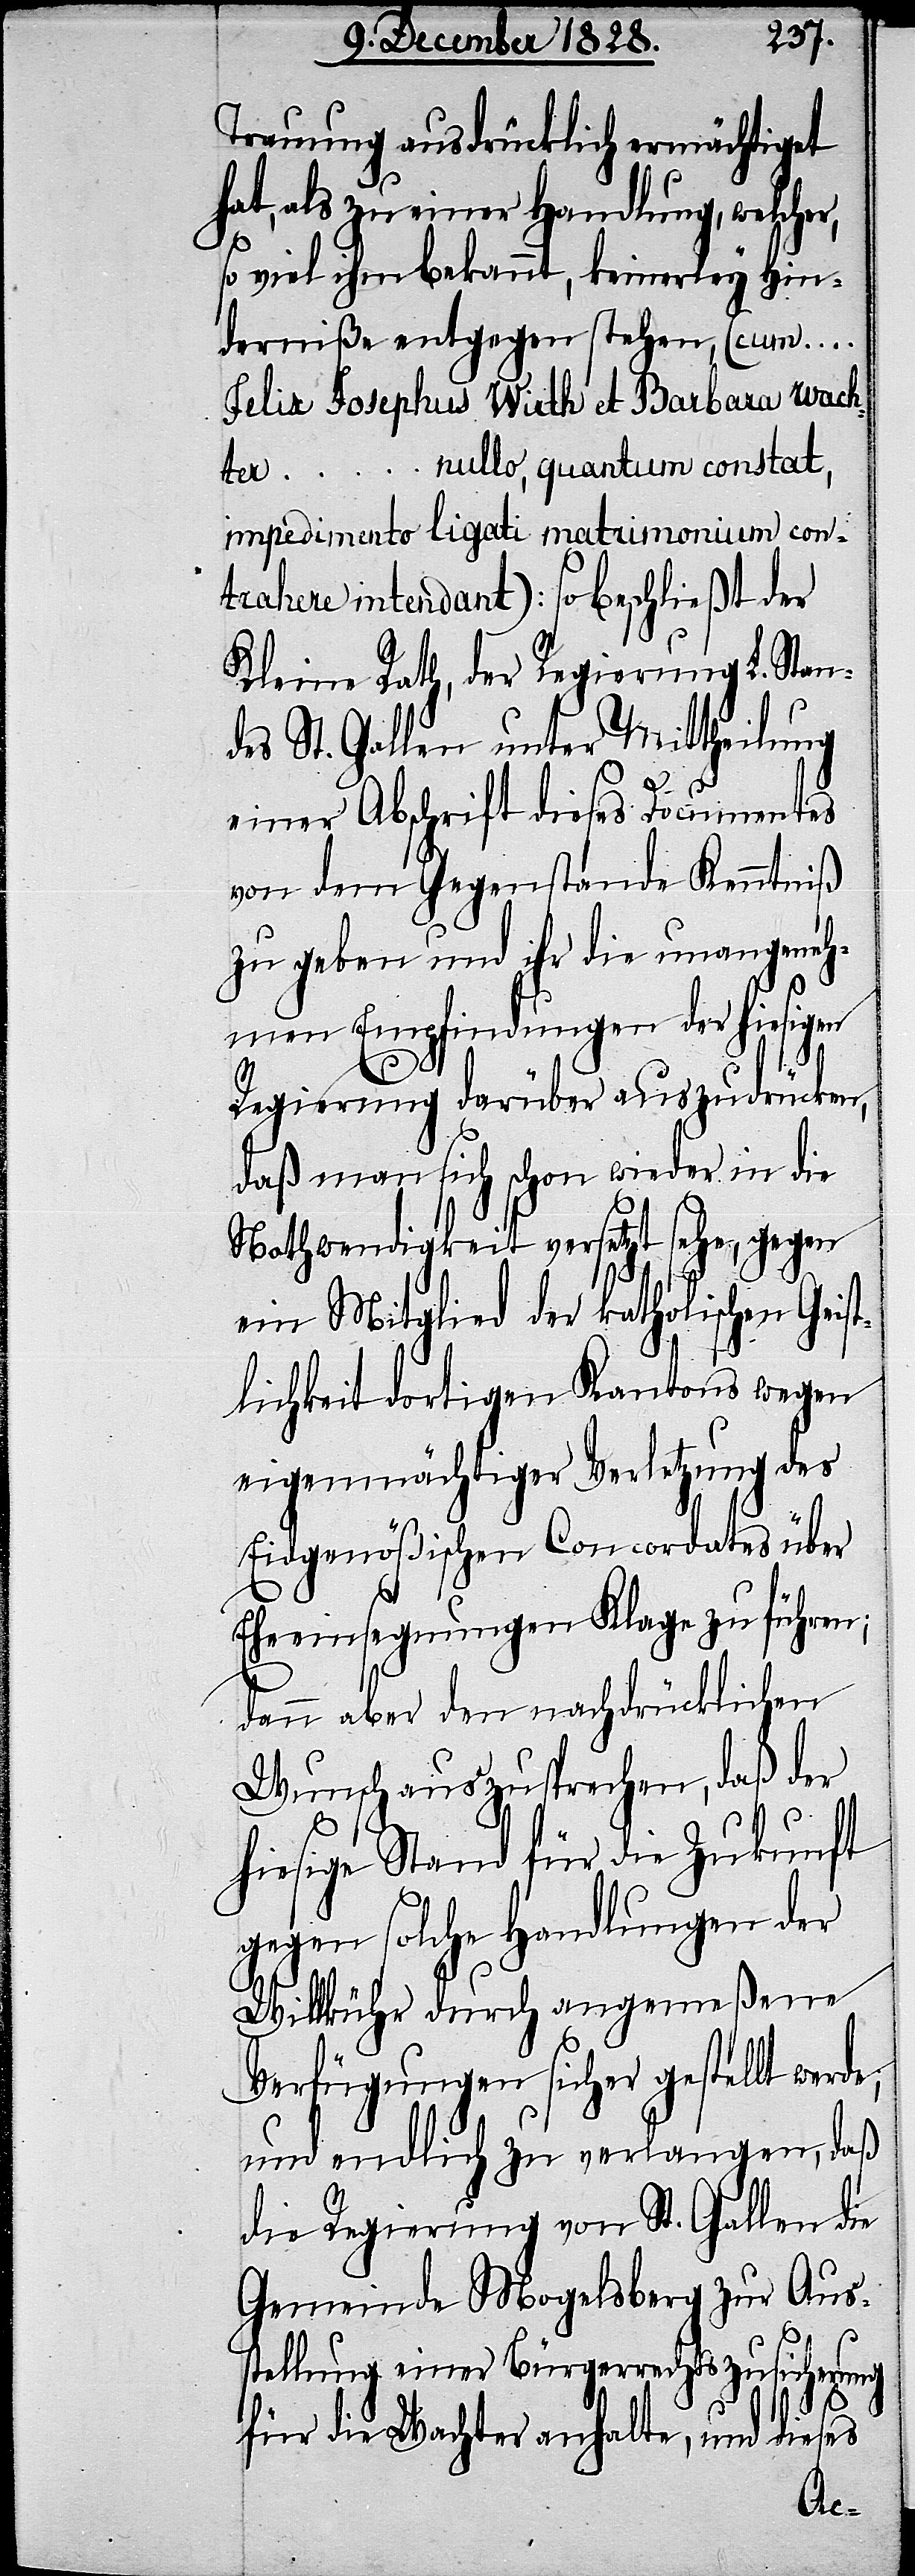
Trauung ausdrücklich ermächtiget
hat, als zu einer Handlung, welcher,
so viel ihm bekannt, keinerley Hin¬
derniße entgegen stehen, (cum …
Felix Josephus Wirth et Barbara Wach¬
nullo, quantum constat,
ter …
impedimento ligati matrimonium con¬
trahere intendant): so beschließt der
Kleine Rath, der Regierung L. Stan¬
des St. Gallen unter Mittheilung
einer Abschrift dieses Documentes
von dem Gegenstande Kenntniß
zu geben und ihr die unangeneh¬
men Empfindungen der hiesigen
Regierung darüber auszudrücken,
daß man sich schon wieder in die
Nothwendigkeit versetzt sehe, gegen
ein Mitglied der katholischen Geis¬
tlichkeit dortigen Kantons wegen
eigenmächtiger Verletzung des
Eidgenößischen Concordates über
Eheeinsegnungen Klage zu führen;
dann aber den nachdrücklichen
Wunsch auszusprechen, daß der
hiesige Stand für die Zukunft
gegen solche Handlungen der
Willkühr durch angemeßene
Verfügungen sicher gestellt werde;
und endlich zu verlangen, daß
die Regierung von St. Gallen die
Gemeinde Mogelsberg zur Aus¬
stellung einer Bürgerrechtszusicherung
für die Wachter anhalte, und dieses